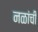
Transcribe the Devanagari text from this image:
नळांची